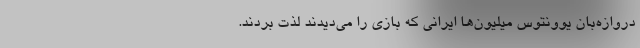
دروازه‌بان یوونتوس میلیون‌ها ایرانی که بازی را می‌دیدند لذت بردند.